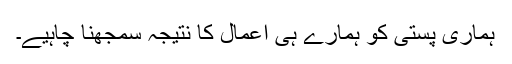
ہماری پستی کو ہمارے ہی اعمال کا نتیجہ سمجھنا چاہیے۔